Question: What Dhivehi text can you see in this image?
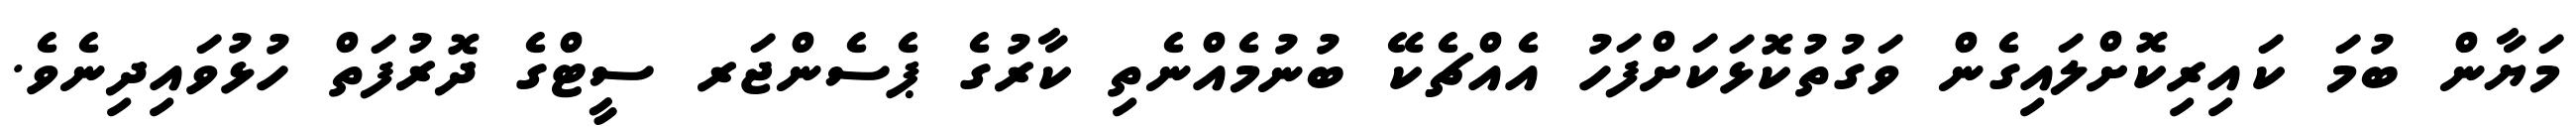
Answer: މަޔާން ބުމަ ކައިރިކޮށްލައިގެން ވަގުތުކޮޅަކަށްފަހު އެއްޗެކޭ ބުނުމެއްނެތި ކާރުގެ ޕެސެންޖަރ ސީޓްގެ ދޮރުފަތް ހުޅުވައިދިނެވެ.